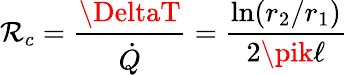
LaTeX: \mathcal{R}_{c}={\frac{{\DeltaT}}{{\dot{{Q}}}}}={\frac{{\ln(r_{2}/r_{1})}}{{2\pik\ell}}}